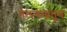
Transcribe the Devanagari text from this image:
तेलगंनातून